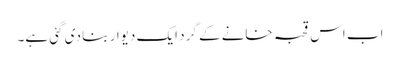
اب اس قحبہ خانے کے گرد ایک دیوار بنا دی گئی ہے۔